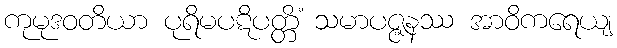
ကုမုဒဝတိယာ ပုရိမပဋိပတ္တိံ သမာပဇ္ဇနဿ အာဝိကရေယျ